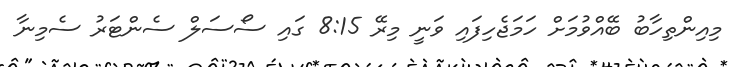
މިއިންތިހާބު ބޭއްވުމަށް ހަމަޖެހިފައި ވަނީ މިރޭ 8:15 ގައި ސޯސަލް ސެންޓަރު ސެމިނާ